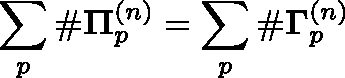
\sum _ { p } \# \mathbf { \Pi } _ { p } ^ { ( n ) } = \sum _ { p } \# \mathbf { \Gamma } _ { p } ^ { ( n ) }